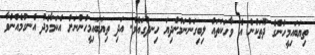
ތިޔަބައިމީހުންގެ ދޫތަކުން އެ ވާހަކަތައް ލިބިގަންނަމުންދިޔަ ހިނދުގައެވެ. އަދި ތިޔަބައިމީހުންނަށް އެކަމާމެދު އެނގުމެއްނުވާ